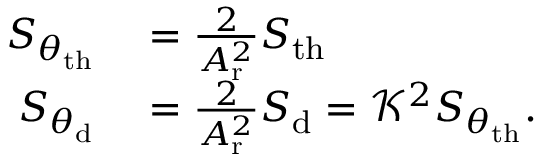
\begin{array} { r l } { S _ { \theta _ { \mathrm { t h } } } } & { { } = \frac { 2 } { A _ { \mathrm { r } } ^ { 2 } } S _ { \mathrm { t h } } } \\ { S _ { \theta _ { \mathrm { d } } } } & { { } = \frac { 2 } { A _ { \mathrm { r } } ^ { 2 } } S _ { \mathrm { d } } = \mathcal { K } ^ { 2 } S _ { \theta _ { \mathrm { t h } } } . } \end{array}